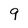
Character: 9